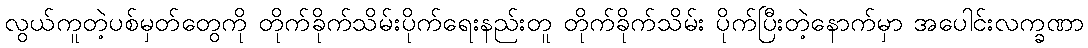
လွယ်ကူတဲ့ပစ်မှတ်တွေကို တိုက်ခိုက်သိမ်းပိုက်ရေးနည်းတူ တိုက်ခိုက်သိမ်း ပိုက်ပြီးတဲ့နောက်မှာ အပေါင်းလက္ခဏာ